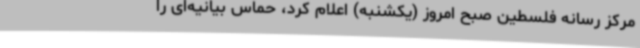
مرکز رسانه فلسطین صبح امروز (یکشنبه) اعلام کرد، حماس بیانیه‌ای را